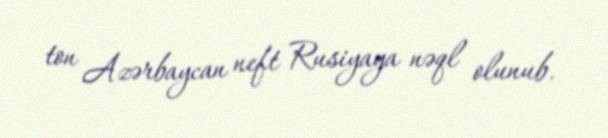
ton Azərbaycan neft Rusiyaya nəql olunub.